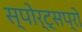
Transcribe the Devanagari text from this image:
स्पोर्ट्सप्रो